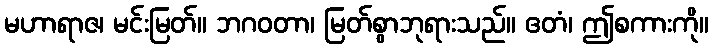
မဟာရာဇ၊ မင်းမြတ်။ ဘဂဝတာ၊ မြတ်စွာဘုရားသည်။ ဧတံ၊ ဤစကားကို။